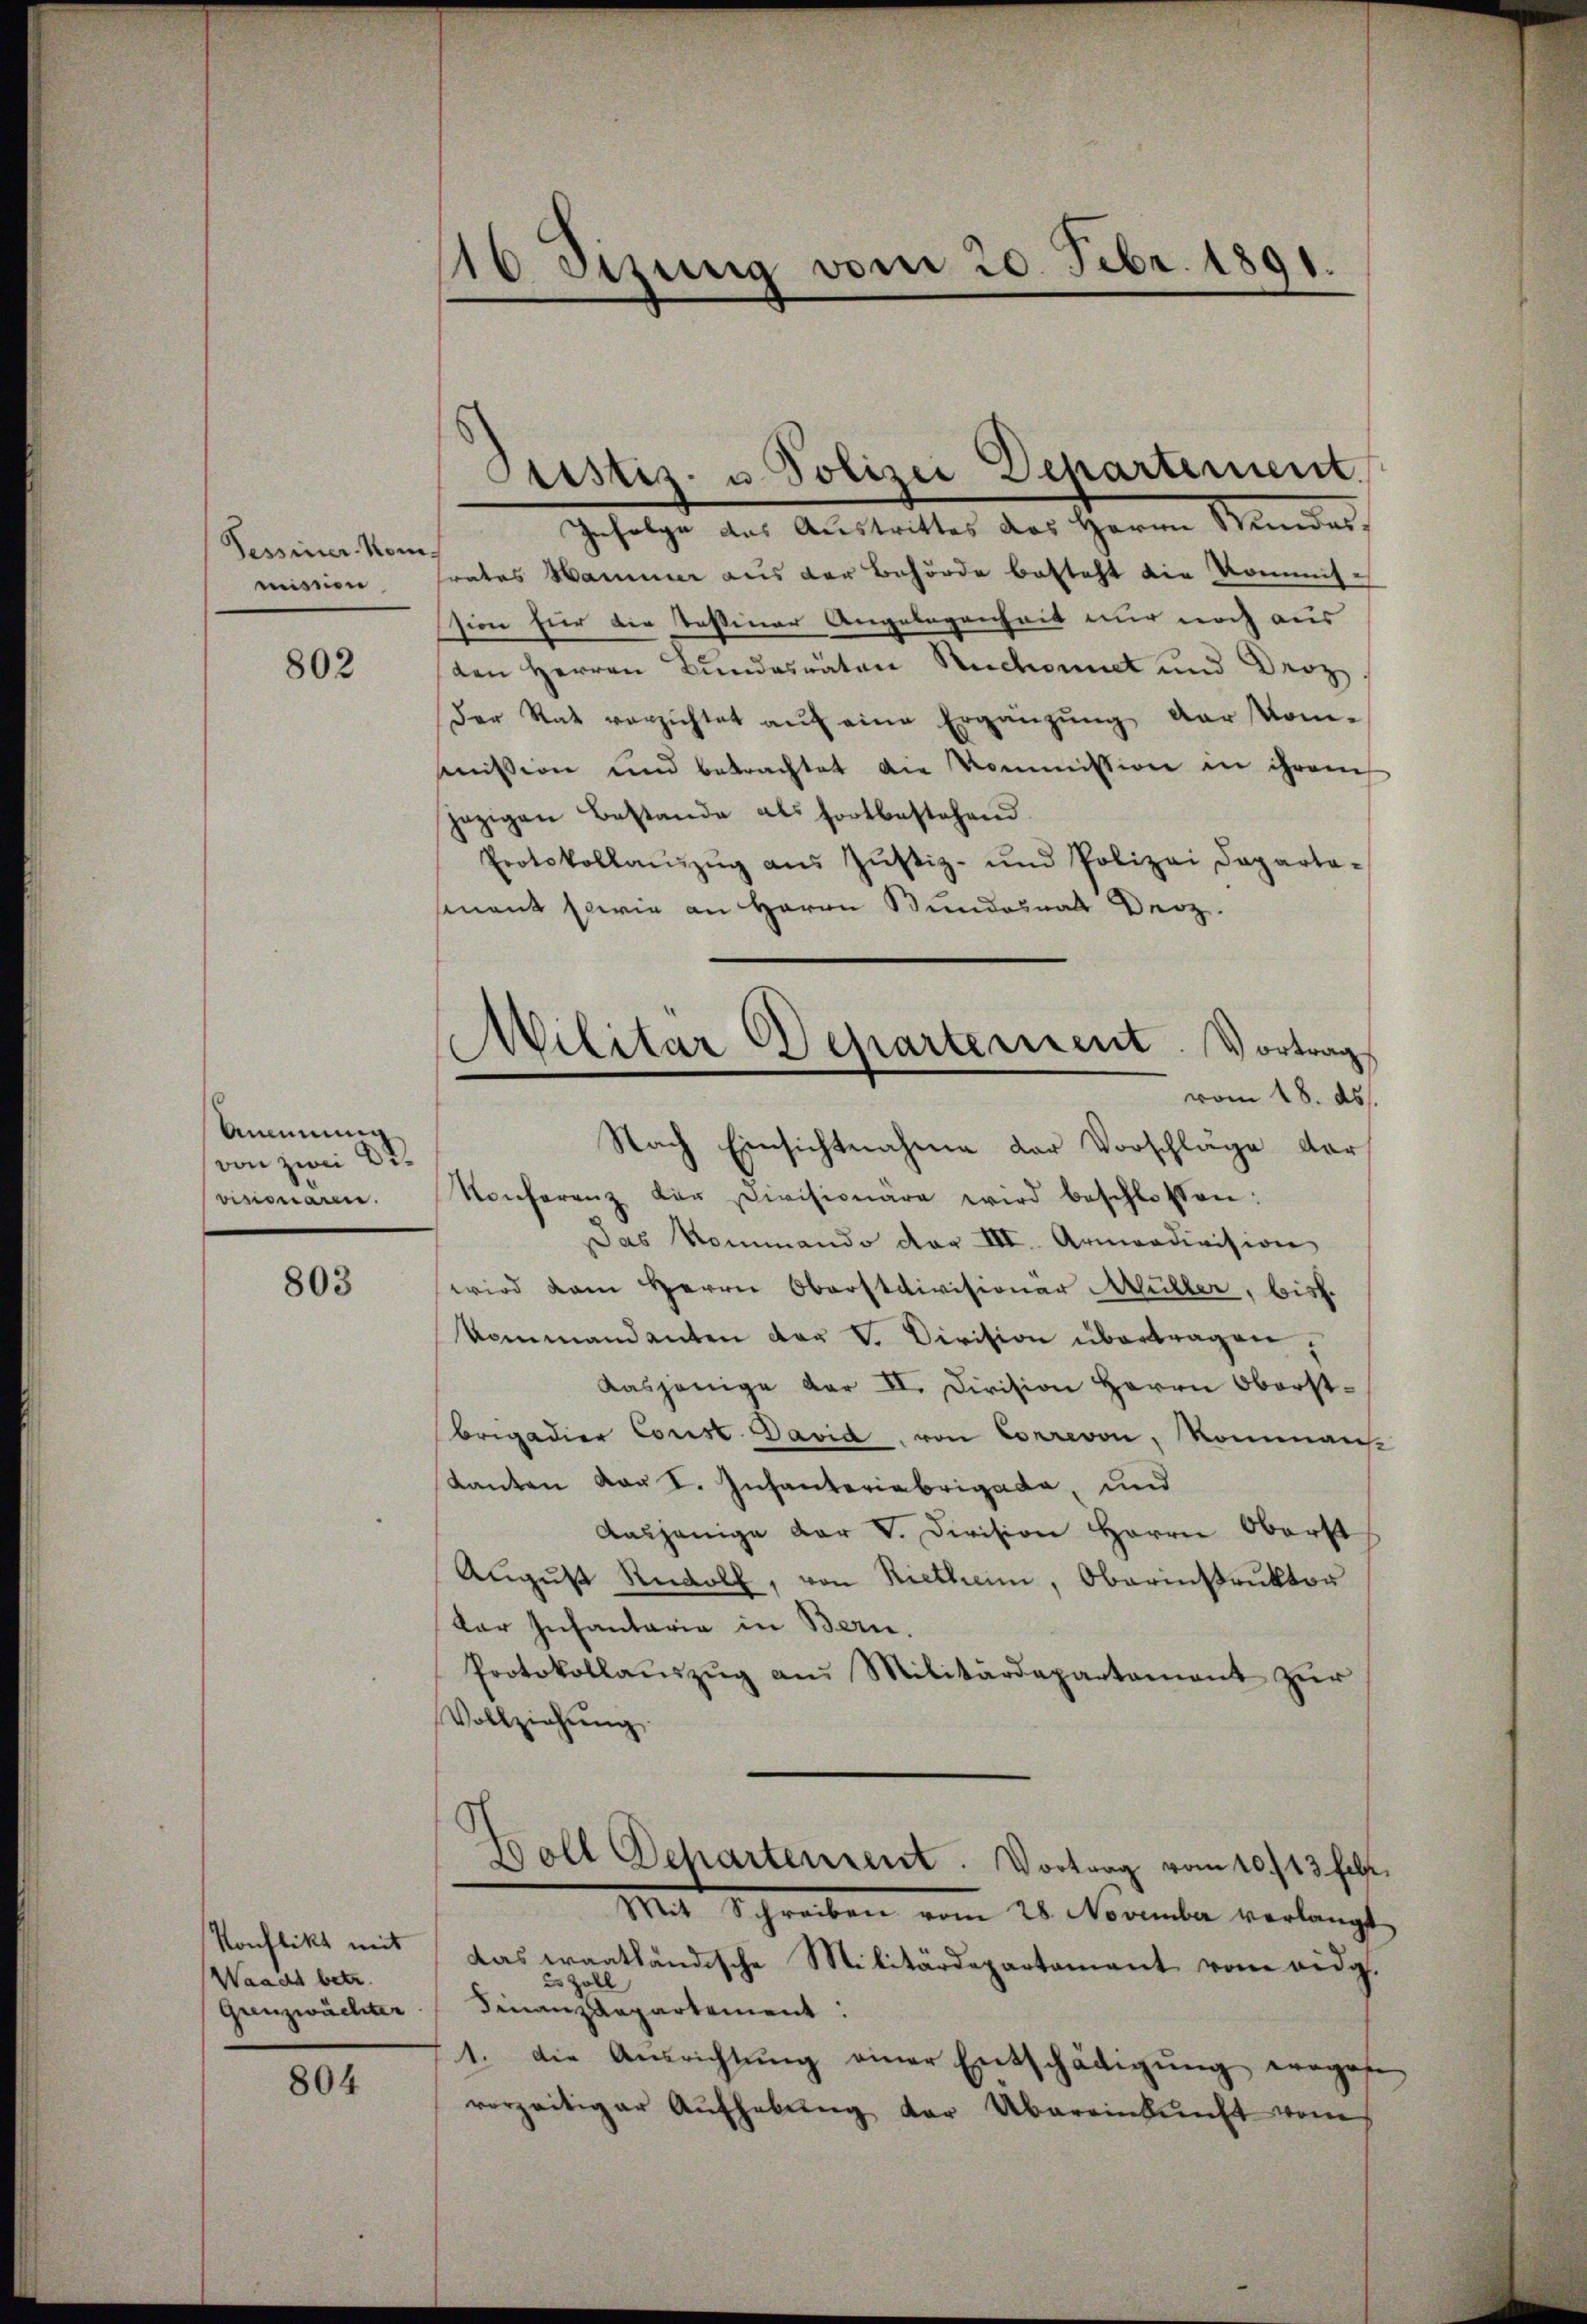
Pessiner-Kommission

802

Ammnung
von zwei Divisionaren.

803

Konflikt mit
Waacht betr.
Grenzwächter

804

110 sizung vom 20. Febr. 1891.

Justiz- u. Polizei Departement.

Militar Departement. Vortrag
vom 18. ds.

Infolge das Austrittes das Herrn Wundesrates Hammer aus der Behörde besteht die Kommission für die Tessiner Angelegenheit nur noch aus
den Herren Bundesräten Ruchonnet und Droz
Der Rat verzichtet aŭf eine Ergänzŭng der Kom-
mission und betrachtet die Kommission in ihrem
jezigen Bestande als fortbestehend
Protokollanzŭg aŭs Jŭstiz- und Polizei Departa-
mnant sowie an Herrn Bundesrat Derz¬
Nach Einsichtnahme der Vorschläge der
Konferenz der Divisionare wird beschlossen:
Das Kommando der III Armendivision
wird dem Herrn Oberstcivisioner Müller, bish
Kommandanten der V. Division übertragen,
Kasjenige der II. Division Herrn Oberst-
Brigadier Corist. David, von Correvon, Kommans
Kanton vor I. Infanteriabrigade, und
Aasjenige der V. Division Herrn Oberst
Aŭgŭst Rudolf, von Rietheim, Obarinstruktor
ker Infantaria in Bern.
Protokollaŭszŭg am Militärdepartement zŭr
Vollziehŭng
Boll Schartensent. Vortrag vom 10./13. Febr.
Mit Schreiben vom 25. November verlangt.
Das wantländische Militärdepartement vom eidg.
e Zoll
Finanzdepartement
1. die Ausrichtŭng einer Entschädigŭng erogese
vorzeitiger Aŭfhebŭng der Übereinkunft vom